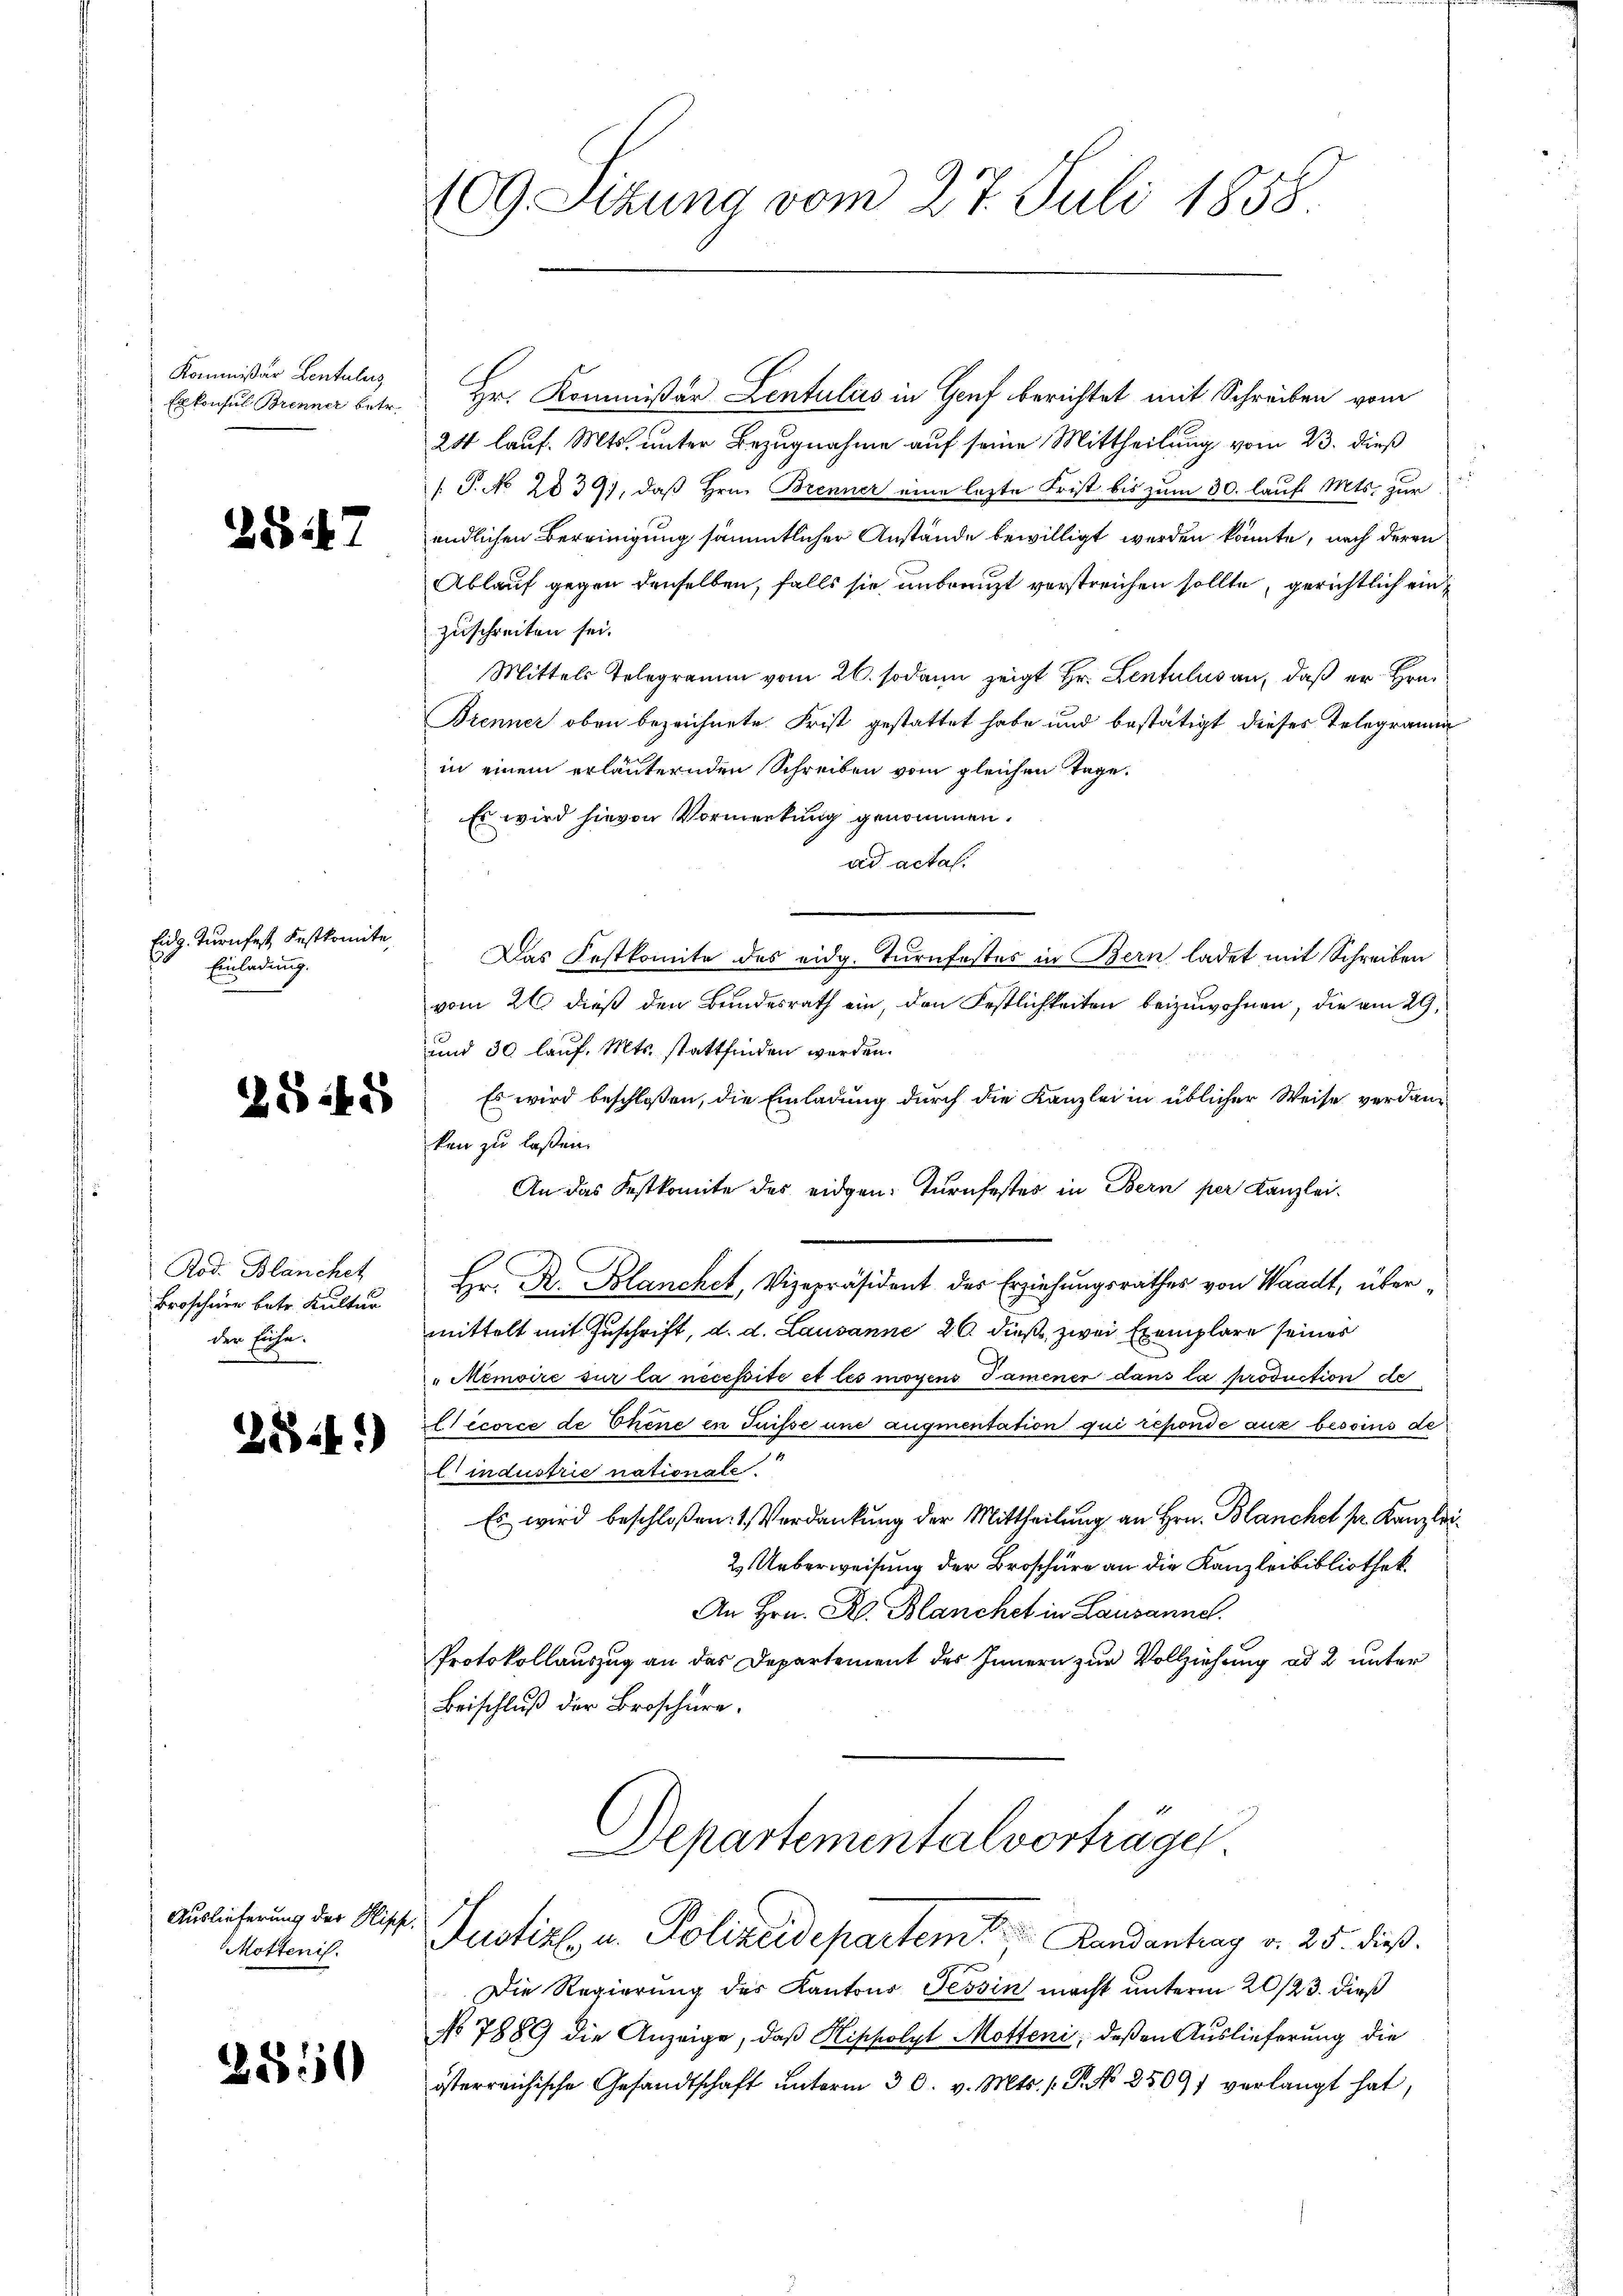
Kommissär Lentulus

ZG 47

Eidg. Turnfest, Festkomite
Einladung.

2848

Rod. Blanchet
Broschner betr. Kultur
der Eiche.

2814.)

Auslieferung der Hisch.
Mottenis.

2550

109. Sitzung vom 27. Juli 1858.

Erkonsul Brenner betr. Hr. Kommißär Lentulas in Genf berichtet mit Schreiben vom
24 lauf. Mts. unter Bezugnahme auf seine Mittheilung vom 23. dieß
/T. No 2839), daß Hrn. Brenner eine letzte Frist bis zum 30. lauf Mts. zur
endlichen Bereinigung sämmtlicher Anstände bewilligt werden könnte, nach deren
Ablauf gegen denselben, falls sie unbrauzt verstreichen sollte, gerichtlich einzuschreiten sei.
Mittels Telegramm vom 26. sodann zeigt Hr. Lentulus an, daß er Hrn.
Brenner oben bezeichnete Frist gestattet habe und bestätigt dieses Telegramm
in einem erläuternden Schreiben vom gleichen Tage,
Es wird hievon Vormerkung genommen.
ad actal.
Das Festkomite des eidg. Turnfestes in Bern ladet mit Schreiben
vom 26. dieß den Bundesrath ein, den Festlichkeiten beizuwohnen, die am 29.
und 30 lauf. Mts. stattfinden werden.
Es wird beschlossen, die Einladung durch die Kanzlei in üblicher Weise verdanken zu laßen.
An das Festkomite des eidgen: Turnfestes in Bern per Kanzlei-
Hr. R. Blanchet, Vizepräsident des Erziehungsrathes von Waadt, übermittelt mit Zuschrift, d. d. Lausanne 20. dieß, zwei Exemplare seines
"Memoire sur la nécessite et les moyens Tamener dans la production de
Hecorce de Chene in Suisse und augmentation qui réponde aux besoins de
l industrie nationale.
Es wird beschloßen: 1. Verdankung der Mittheilung an Hrn. Blanche pr. Kanzlei
2. Ueberweisung der Broschüre an die Kanzleibibliothek.
An Hrn. R. Blanchet in Lausanne.
Protokollauszug an das Departement des Innern zur Vollziehung ad 2 unter
Beischluß der Broschüre.
Aepartementalvortrage
Justiz u. Polizeidepartem Landantrag v. 25. dieß.
Die Regierung des Kantons Tessin macht unterm 20/23. dieß
No 7889 die Anzeige, daß Klippolyt Motteni; deßen Auslieferung die
österreichische Gesandtschaft unterm 30. v. Mts. S. No 85097 verlangt hat,